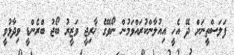
ފަލަސްތީނަށް ދޭ އެހީ އިއުލާންކުރައްވަމުން ނޯވޭގެ ޚާރިޖީ ވަޒީރު ބޯޖު ބްރެންޑީ ވިދާޅުވީ